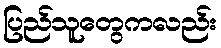
ပြည်သူတွေကလည်း